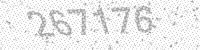
Solution: 267176